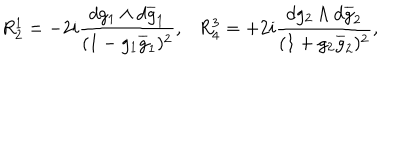
LaTeX: R _ { 2 } ^ { 1 } = - 2 i \frac { d g _ { 1 } \wedge d \overline { { { g } } } _ { 1 } } { ( 1 - g _ { 1 } \overline { { { g } } } _ { 1 } ) ^ { 2 } } , R _ { 4 } ^ { 3 } = + 2 i \frac { d g _ { 2 } \wedge d \overline { { { g } } } _ { 2 } } { ( 1 + g _ { 2 } \overline { { { g } } } _ { 2 } ) ^ { 2 } } ,